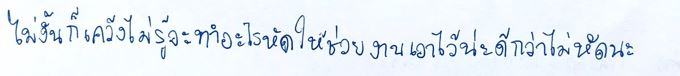
ไม่งั้นก็เคว้งไม่รู้จะทำอะไรหัดให้ช่วยงานเอาไว้น่ะดีกว่าไม่หัดนะ"